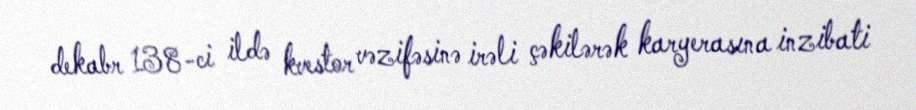
dekabr 138-ci ildə kvestor vəzifəsinə irəli çəkilərək karyerasına inzibati